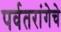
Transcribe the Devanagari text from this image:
पर्वतरांगेचे